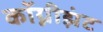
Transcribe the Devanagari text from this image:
कॉग्नीझंट